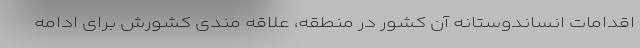
اقدامات انساندوستانه آن کشور در منطقه، علاقه مندی کشورش برای ادامه